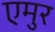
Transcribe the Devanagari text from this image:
एमुर